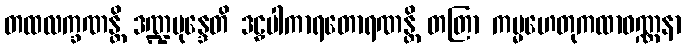
တထလက္ခဏန္တိ ဒဏ္ဍဗုန္ဒေတိ ဒဠှပါကာရတောရဏန္တိ တတြာ ကမ္မဟေတုကထာဝဏ္ဏနာ